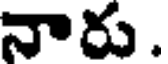
నారు .